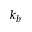
k _ { b }